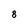
Character: 8